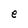
Character: e